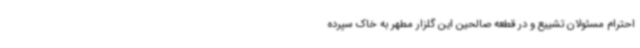
احترام مسئولان تشییع و در قطعه صالحین این گلزار مطهر به خاک سپرده